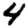
Digit: 4